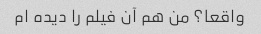
واقعا؟ من هم آن فیلم را دیده ام